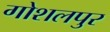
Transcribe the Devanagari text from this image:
गोशलपुर